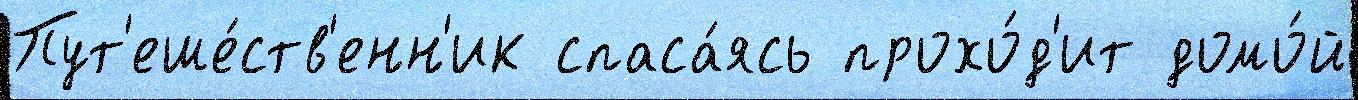
Пут'еше́ств'енн'ик спаса́ясь прохо́д'ит домо́й